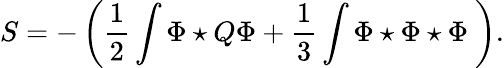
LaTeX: S=-\left(\frac{1}{2}\int\Phi\star Q\Phi+\frac{1}{3}\int\Phi\star\Phi\star\Phi\ \right).